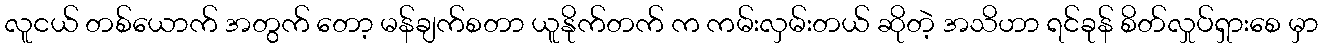
လူငယ် တစ်ယောက် အတွက် တော့ မန်ချက်စတာ ယူနိုက်တက် က ကမ်းလှမ်းတယ် ဆိုတဲ့ အသိဟာ ရင်ခုန် စိတ်လှုပ်ရှားစေ မှာ